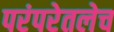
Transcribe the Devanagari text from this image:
परंपरेतलेच